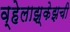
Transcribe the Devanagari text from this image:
व्हेलाझ्केझची